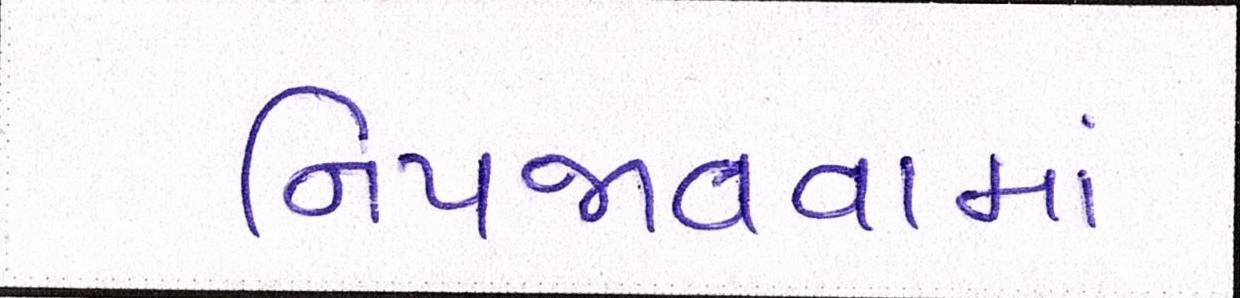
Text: નિપજાવવામાં